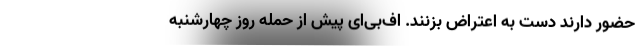
حضور دارند دست به اعتراض بزنند. اف‌بی‌ای پیش از حملهٔ روز چهارشنبه